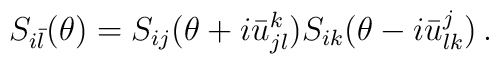
S_{i\bar{l}}(\theta)=S_{ij}(\theta+i\bar{u}_{jl}^{k})S_{ik}(\theta-i\bar{u}_{lk}^{j})\,.